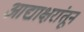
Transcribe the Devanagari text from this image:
आद्याक्षरांतून